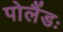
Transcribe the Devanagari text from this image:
पोलैंडः